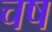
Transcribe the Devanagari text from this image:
चष